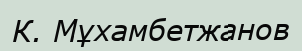
К. Мұхамбетжанов